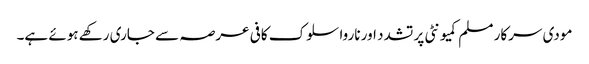
مودی سرکار مسلم کمیونٹی پر تشدد اور ناروا سلوک کافی عرصہ سے جاری رکھے ہوئے ہے۔